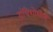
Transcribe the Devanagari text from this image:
ग्रंथिशोथाने